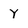
Character: Y